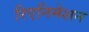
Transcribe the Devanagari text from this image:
रिएनिमेशन